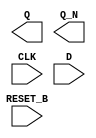
module sky130_fd_sc_lp__dfrbp (
    Q      ,
    Q_N    ,
    CLK    ,
    D      ,
    RESET_B
);

    output Q      ;
    output Q_N    ;
    input  CLK    ;
    input  D      ;
    input  RESET_B;

    // Voltage supply signals
    supply1 VPWR;
    supply0 VGND;
    supply1 VPB ;
    supply0 VNB ;

endmodule